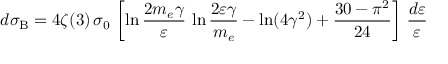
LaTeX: d \sigma _ { \mathrm { B } } = 4 \zeta ( 3 ) \, \sigma _ { 0 } \, \left[ \ln { \frac { 2 m _ { e } \gamma } { \varepsilon } } \, \ln { \frac { 2 \varepsilon \gamma } { m _ { e } } } - \ln ( 4 \gamma ^ { 2 } ) + \frac { 3 0 - \pi ^ { 2 } } { 2 4 } \right] \, { \frac { d \varepsilon } { \varepsilon } }